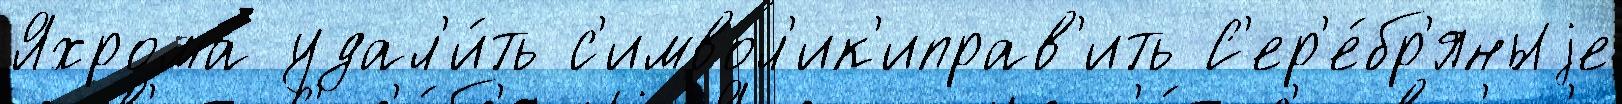
Яхрома удал'и́ть с'имвол'ик'иправ'ить С'ер'е́бр'яныjе